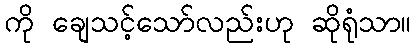
ကို ချေသင့်သော်လည်းဟု ဆိုရုံသာ။